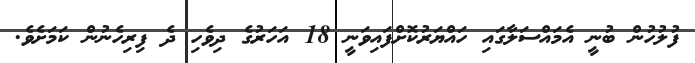
ފުލުހުން ބުނީ އެމައްސަލާގައި ހައްޔަރުކޮށްފައިވަނީ 18 އަހަރުގެ ދިވެހި ދެ ފިރިހެނުން ކަމަށެވެ.